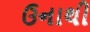
ઉનાથી